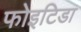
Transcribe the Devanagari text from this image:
फोइटिडा